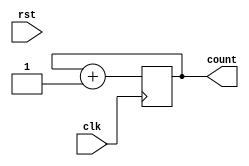
`timescale 1ns / 1ps
//////////////////////////////////////////////////////////////////////////////////
// Company: 
// Engineer: 
// 
// Design Name: 
// Module Name:    counter_6 
// Project Name: 
// Target Devices: 
// Tool versions: 
// Description: 
//
// Dependencies: 
//
// Revision: 
// Revision 0.01 - File Created
// Additional Comments: 
//
//////////////////////////////////////////////////////////////////////////////////
module counter_6(count, clk, rst);
parameter n=5;
 
  output reg [n:0] count;
  input clk;
  input rst;
 
  // Set the initial value
  initial
    count = 0;
 
  // Increment count on clock
  always @(posedge clk )
   
      count = count + 1;


endmodule